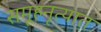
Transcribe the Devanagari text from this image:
समूहनृत्यात